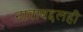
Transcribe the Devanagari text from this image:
नावाबद्दलही